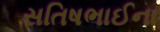
સતિષભાઈના